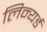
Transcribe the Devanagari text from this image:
लिन्यर्ड